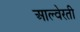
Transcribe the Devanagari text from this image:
आल्वेरती